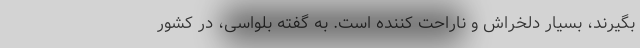
بگیرند، بسیار دلخراش و ناراحت کننده است. به گفته بلواسی، در کشور